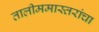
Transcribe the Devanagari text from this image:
तालीममास्तरांचा